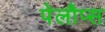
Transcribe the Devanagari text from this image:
पेलौप्स